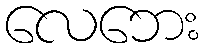
လေဘေး